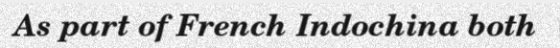
As part of French Indochina both